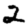
Digit: 2